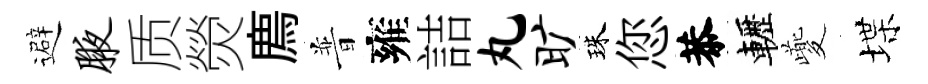
避腋质熒廌普雍詰丸旷珠您恭轣夔堞